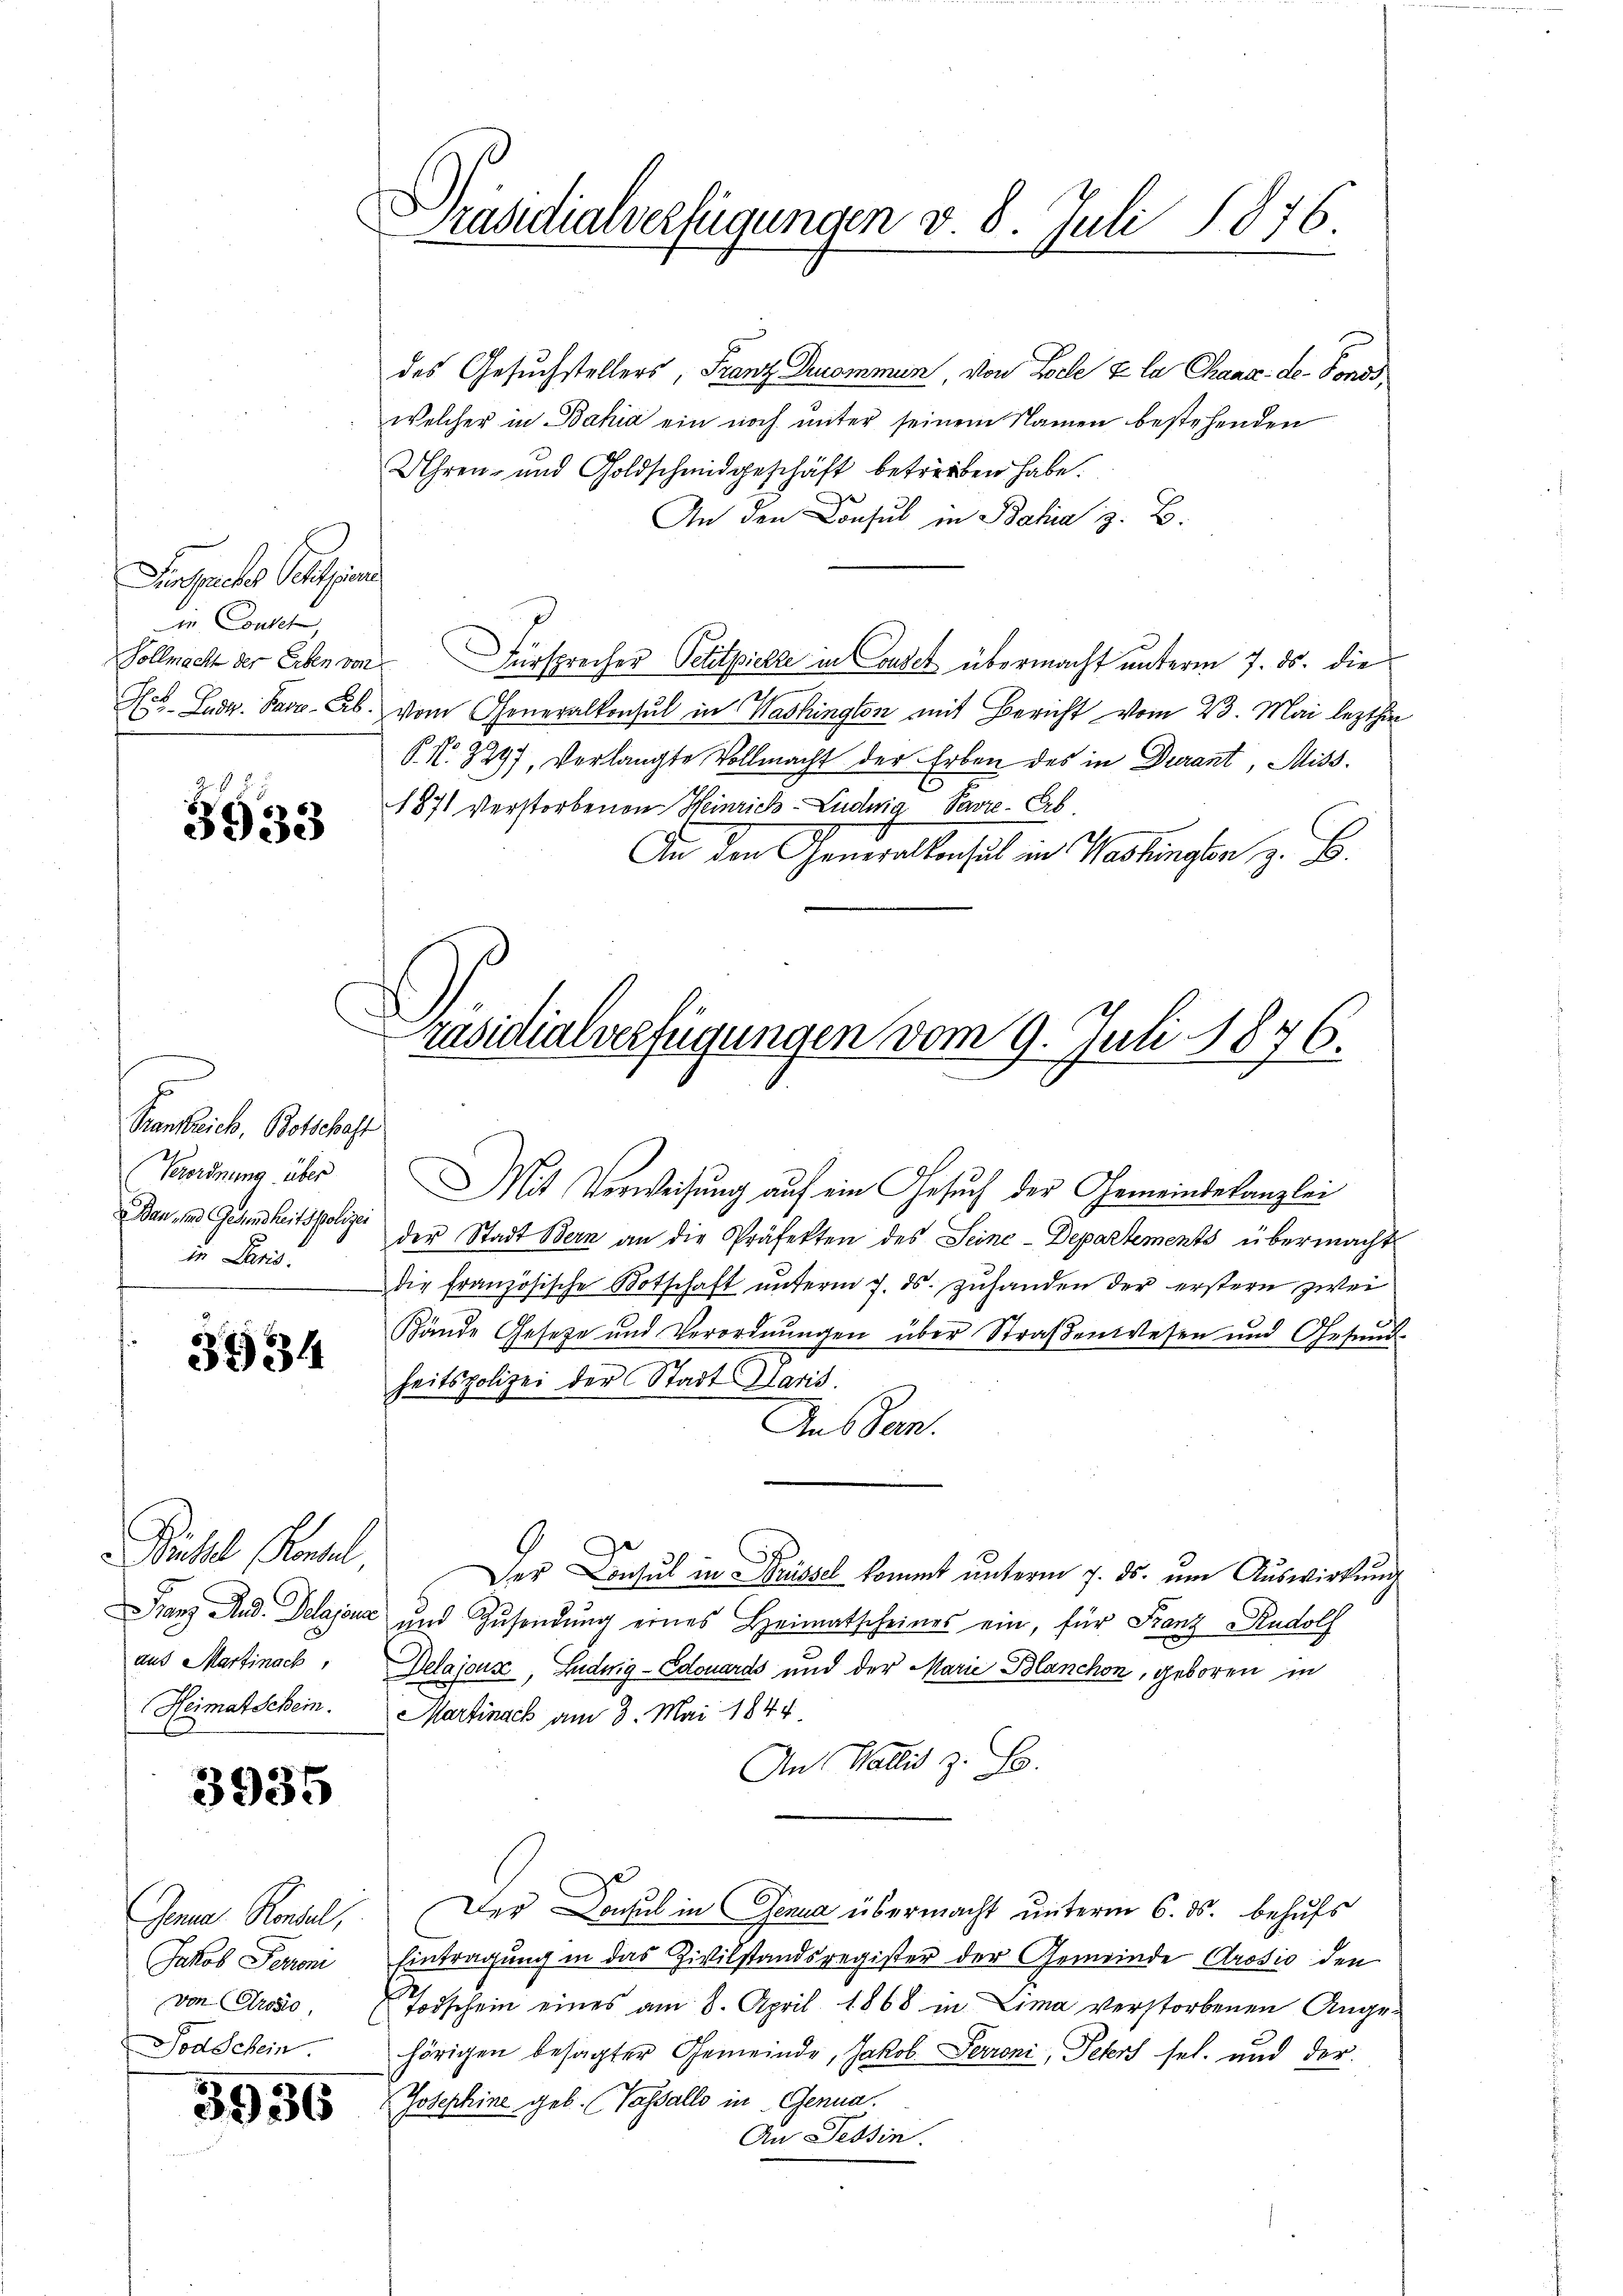
Sensache Petitia
ie Coutet,
Vollmacht der Erben von

8
5933

Krankreich, Botschaft
Verordnung über
Ban, und Gesundheitspolizei
in Paris.

3934

.
Brüssel (Konsul
aus Martinach,
Heimatschein.

3935

Jene Kontel,
Jakob Ferieni
von Prosio,
Todschein.

3956

Präsidialverfügungen v. 8. Juli 1876.

des Gesuchstellers, Franz Denommen, von Loele & la Chaux-de-Fonds
welcher in Bahia ein noch unter seinem Namen bestehenden
Uhren- und Goldschmidgeschäft betreiben habe.
An den Consul in Bahia z. B.
Fürsprecher Petitpickte in Cousek übermacht unterm 7. ds. die
Hol. Ludr. Para-Ab. vom Generalkonsul in Washington mit Bericht vom 23. Mai lezthin
P. Nr. 397, Verlangte Vollmacht der Erben des in Durant, Miss.
1871 verstorbenen Heinrich-Ludwig Favre-Erb.
An den Generalkonsul in Washingten z. B.
der Stadt Bern an die Präfekten des Seine-Departements übermacht
die französische Botschaft unterm 7. ds. zuhanden der erstern zwei
Bände Gesetze und Verordnŭngen über Straßenwesen und Gesund
heitspolizei der Stadt Maris.
Aus dem
Der Consul in Brüssel kommt unterm 7. ds. um Auswirkung
Franz And. Delajoux und Zŭsendung eines Heimatscheines ein, für Franz Rudolf
Delajouse, Ludwig-Edouards und der Marie Blanchon, geboren in
Martinack am 3. Mai 1844.
An Wallis z. B.
Der Donsul in Genua übermacht unterm 6. ds. behufs
Eintragung in das Zivilstandsregister der Gemeinde Arosio den
Todschein eines am 8. April 1868 in Lima verstorbenen Ange-
hörigen besagter Gemeinde, Jakob Perroni, Peters sel. und der
Josephine geb. Vasallo in Genua.
An Tessin.

räsidialverfügungen vom 9. Juli 1876.
Mit Vorweisung auf ein Gesuch der Gemeindekanzlei